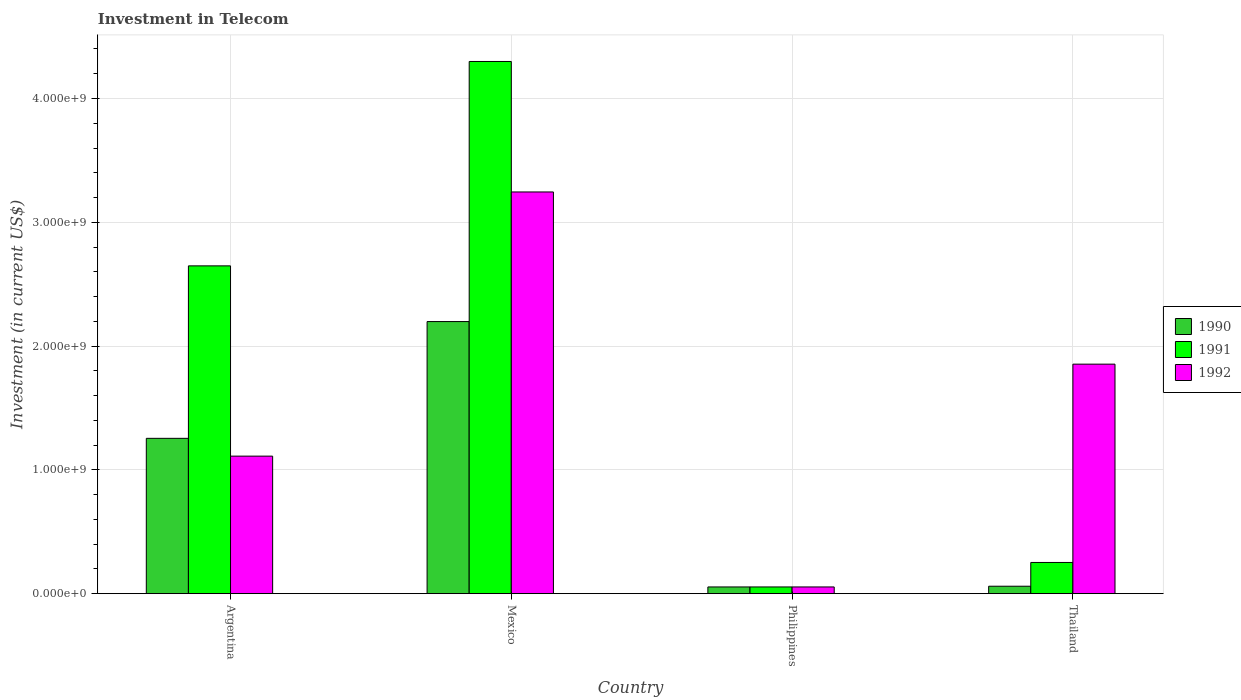
| Country | 1990 | 1991 | 1992 |
 | --- | --- | --- | --- |
 | Argentina | 1.25e+09 | 2.65e+09 | 1.11e+09 |
 | Mexico | 2.2e+09 | 4.3e+09 | 3.24e+09 |
 | Philippines | 5.42e+07 | 5.42e+07 | 5.42e+07 |
 | Thailand | 6e+07 | 2.52e+08 | 1.85e+09 |